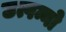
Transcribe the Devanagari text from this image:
उत्पन्नो